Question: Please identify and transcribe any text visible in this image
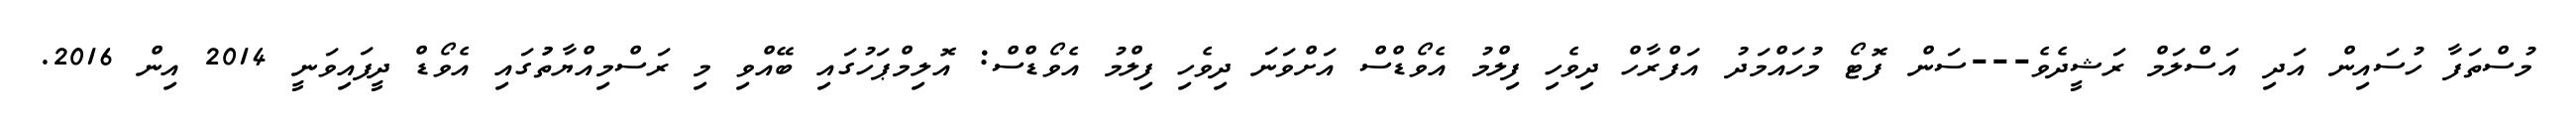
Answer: މުސްތަފާ ހުސައިން އަދި އަސްލަމް ރަޝީދެވެ---ސަން ފޮޓޯ މުހައްމަދު އަފްރާހް ދިވެހި ފިލްމު އެވޯޑްސް އަށްވަނަ ދިވެހި ފިލްމު އެވޯޑްސް: އޮލިމްޕަހުގައި ބޭއްވި މި ރަސްމިއްޔާތުުގައި އެވޯޑް ދީފައިވަނީ 2014 އިން 2016.